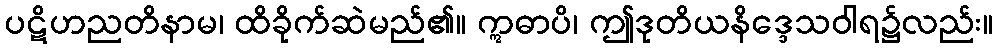
ပဋိဟညတိနာမ၊ ထိခိုက်ဆဲမည်၏။ ဣဓာပိ၊ ဤဒုတိယနိဒ္ဒေသဝါရ၌လည်း။